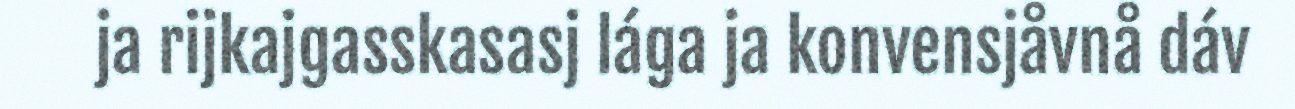
ja rijkajgasskasasj lága ja konvensjåvnå dáv